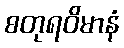
စတုရဝိမာနံ